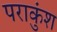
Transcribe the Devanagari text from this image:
पराकुंश